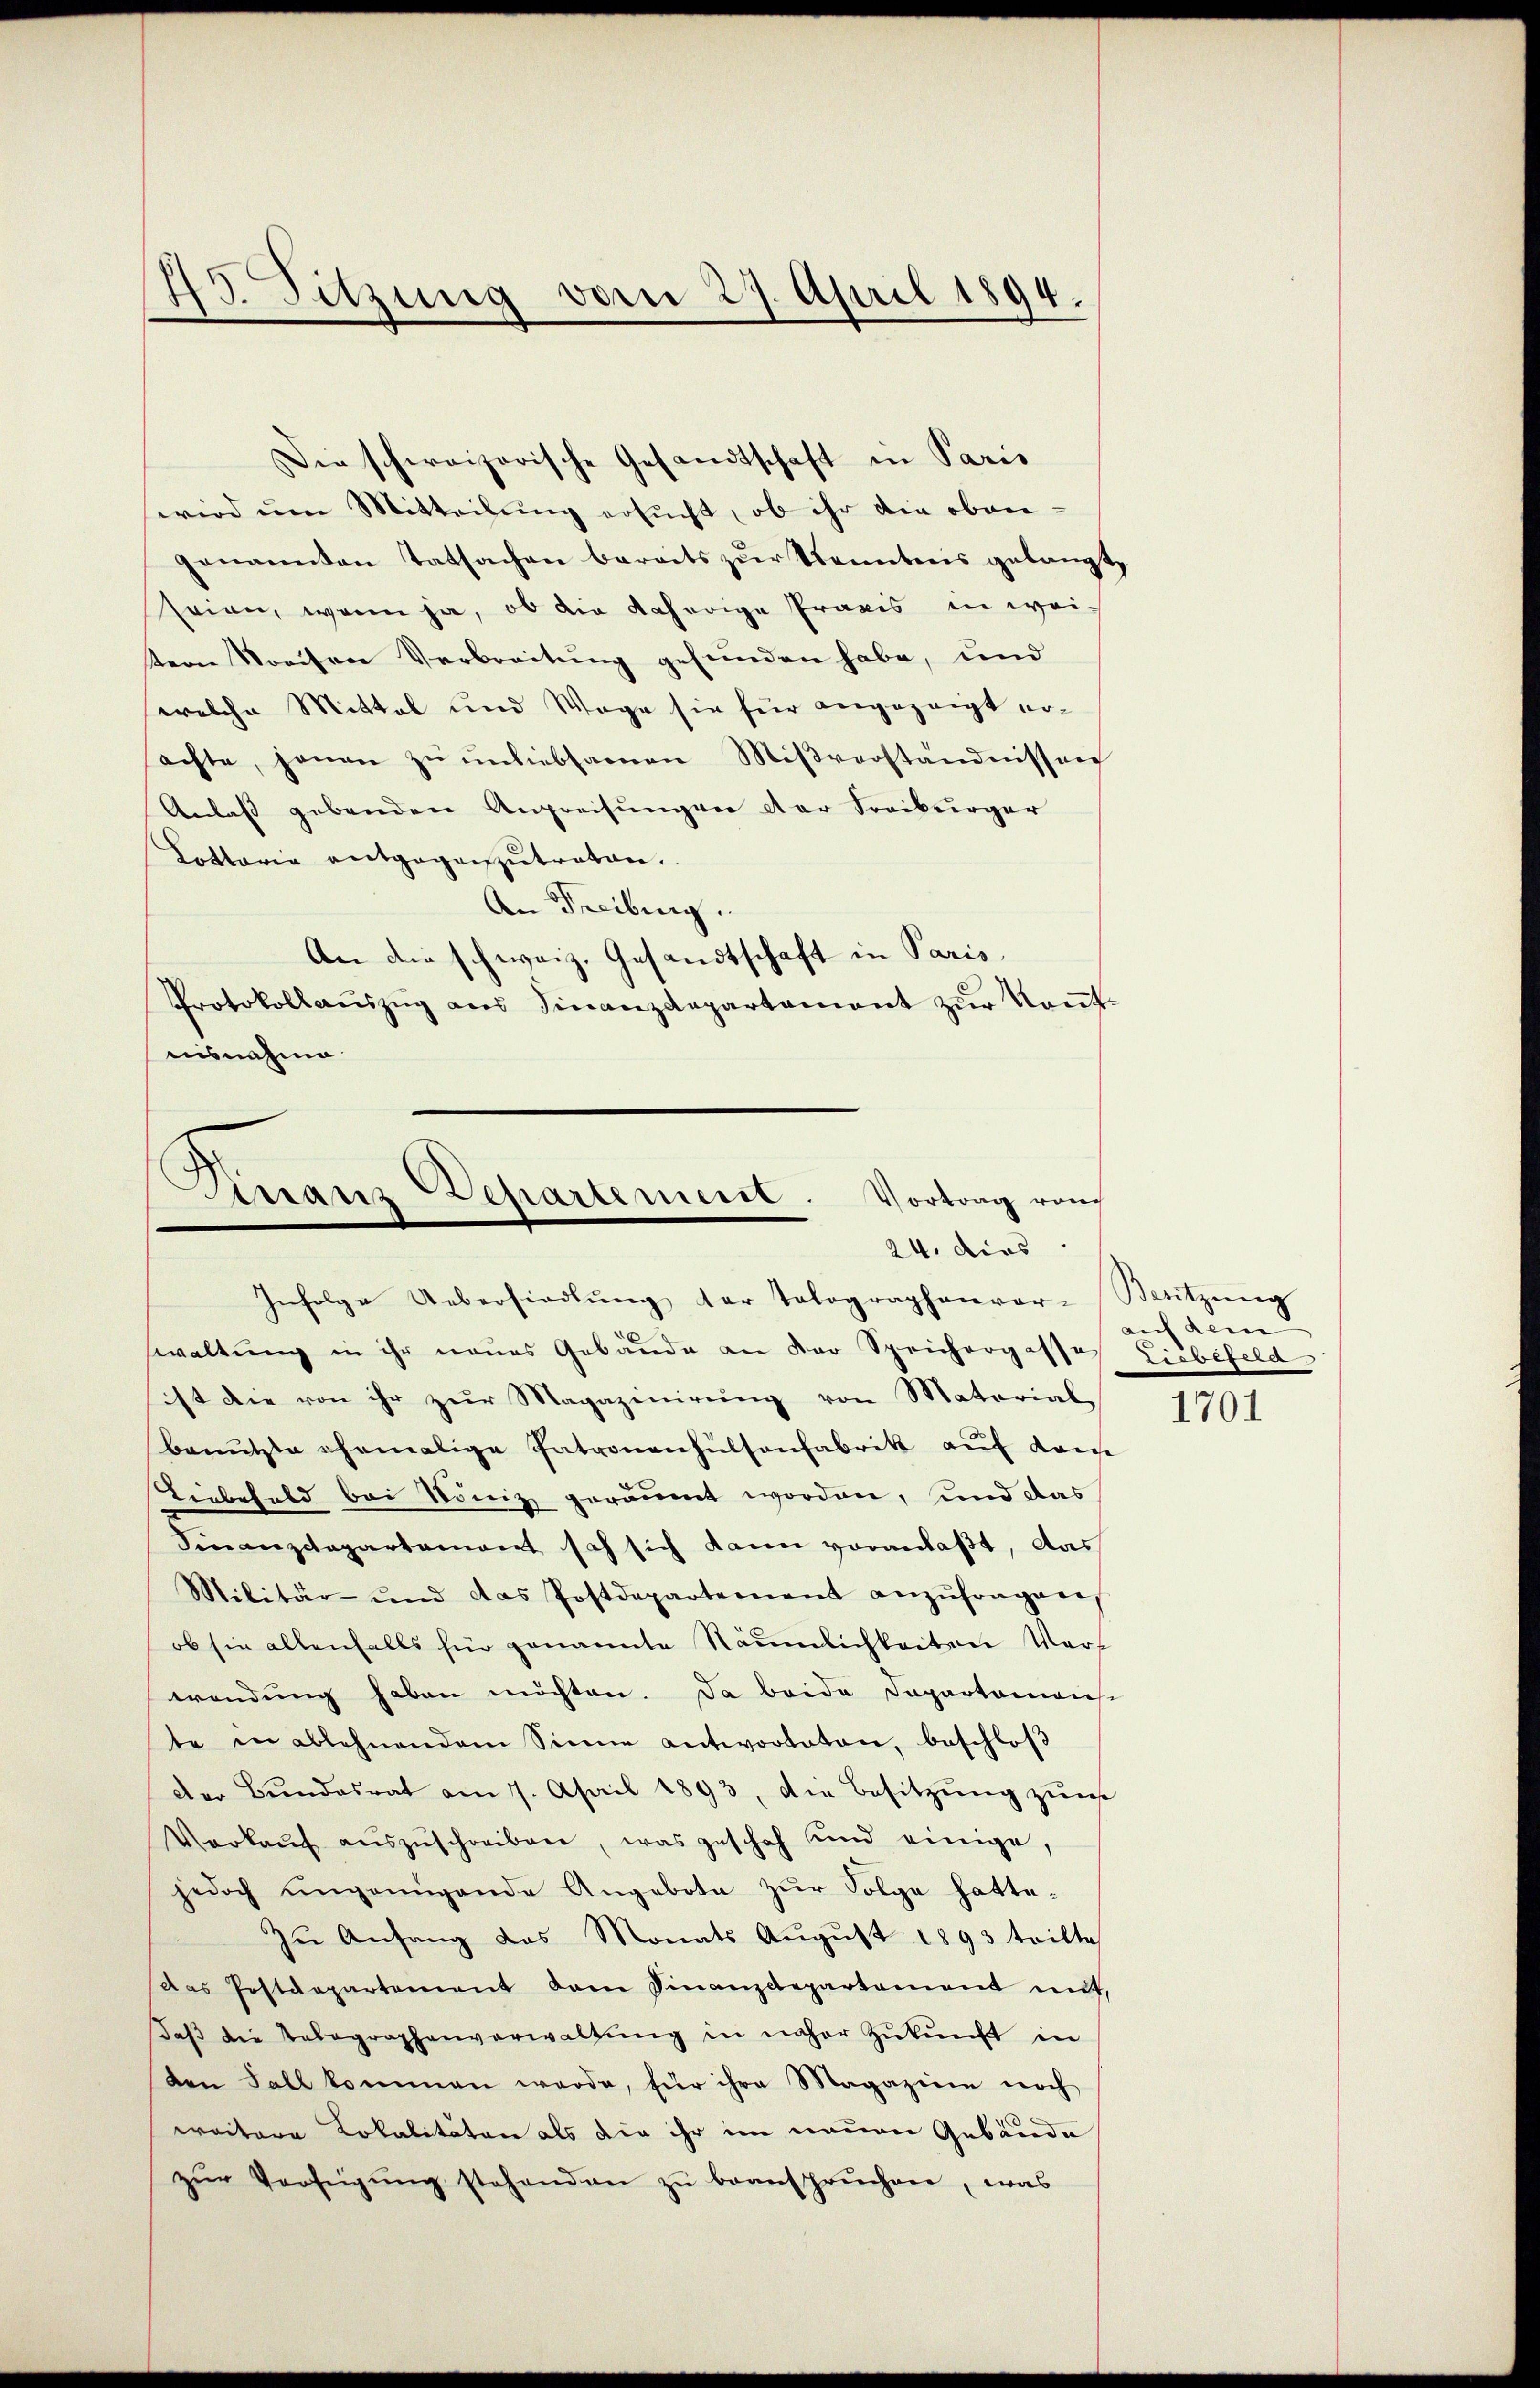
Sitzung vom 27. April 1894.

Die schweizerische Gesandtschaft in Paris
wird um Mitteilung ersucht, ob ihr die obengenannten Tatsachen berats zŭr Trenntnis gelangt,
seien, wenn ja, ob die daherige Praxis in wei-
tern Kreisere Verbreitung gefunden habe, und
welche Mittel und Wege sie für angezeigt ersachte, jenen zŭ ŭnliebsamen Miβvorständnissen
Anlaß gebenden Angreifungen der Freiburger
Lottaria entgegenzutreten.
An Freiburg.
An die schweiz. Gesandtschaft in Paris,
Protokollaŭszŭg als Finanzdepartament zur Kant.
uisnahme

Finanz-Departement. Vortrag von
24. dies
Infolge Uebersiedlŭng der Tolographenvor-Sitzŭng

waltung in ihr neues Gebäude an der Sprichorgasse Liebefeld
ist die von ihr zur Magazinirung von Material
Benŭtzte ehemalige Patronanhülsenfabrik aŭf Kreise
Liebefeld bei König geräumt worden, und das
Finanzdepartement sah sich kann voranlaßt, das
Militär- und das Postdepartement anzŭfragen,
ob sie allenfalls für genannte Näŭmlichkeiten Verf
wendung haben möchten. Da beide Departamais
te in ablehnendem Sinne antworteten, beschloß
der Bŭndesrat am 7. April 1893, die Besitzŭng zŭm
Verkaŭf aŭszŭschreiben, was geschah und einige,
jedoch ungenügende Angebote zŭr Folge hatte.
Zŭ Anfang das Monats Aŭgŭst 1893 teilte
Das Postdepartement dem Finanzdepartement mit,
daβ die Telegraphenverwaltŭng in näher Zŭkŭnft in
den Fall kommen werde, für ihre Magazine noch
weitere Lokalitäten als die ihr im neuen Gebäude
zŭr Verfügŭng stehenden zŭ beansprüchen, was

auf dem

1701